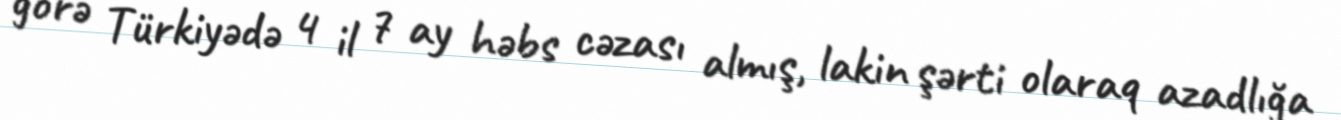
görə Türkiyədə 4 il 7 ay həbs cəzası almış, lakin şərti olaraq azadlığa